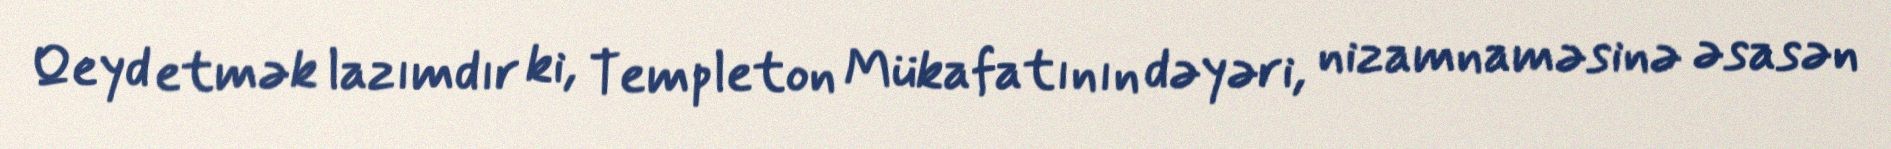
Qeyd etmək lazımdır ki, Templeton Mükafatının dəyəri, nizamnaməsinə əsasən